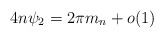
\begin{align*} 4n\psi_{2}=2\pi m_{n}+o(1)\end{align*}